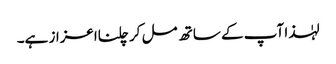
لہٰذا آپ کے ساتھ مل کر چلنااعزاز ہے۔